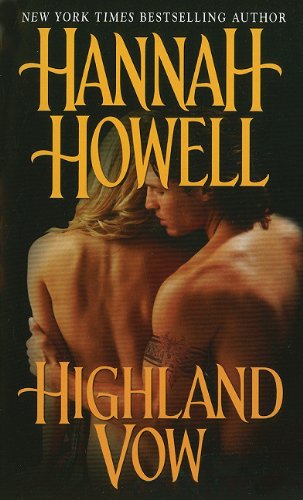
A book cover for Highland Vow; Hannah Howell; Romance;